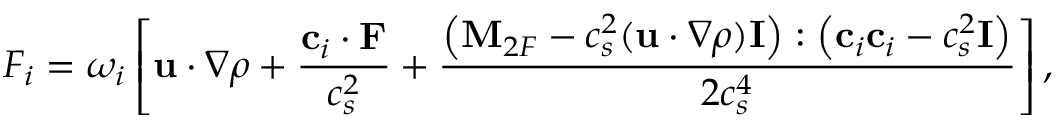
F _ { i } = \omega _ { i } \left[ \mathbf { u } \cdot \nabla \rho + \frac { \mathbf { c } _ { i } \cdot \mathbf { F } } { c _ { s } ^ { 2 } } + \frac { \left( \mathbf { M } _ { 2 F } - c _ { s } ^ { 2 } ( \mathbf { u } \cdot \nabla \rho ) \mathbf { I } \right) : \left( \mathbf { c } _ { i } \mathbf { c } _ { i } - c _ { s } ^ { 2 } \mathbf { I } \right) } { 2 c _ { s } ^ { 4 } } \right] ,